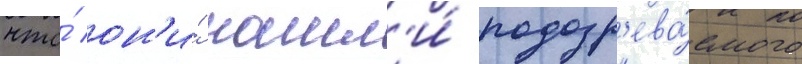
что́ он'и́ нашл'и́ подозр'ева́емого